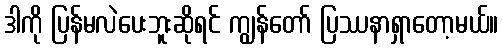
ဒါကို ပြန်မလဲပေးဘူးဆိုရင် ကျွန်တော် ပြဿနာရှာတော့မယ်။